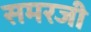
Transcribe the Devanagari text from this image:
समरजी